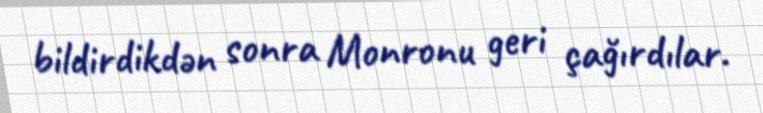
bildirdikdən sonra Monronu geri çağırdılar.